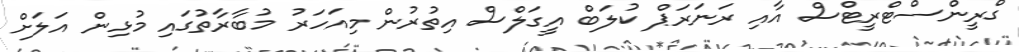
ގްރީންސްޓްރީޓްސް އާއި ރަނަރަޕް ކުލަބް އީގަލްސް އިތުރުން މިއަހަރު މުބާރާތުގައި މުޅިން އަލަށް